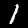
Digit: 1